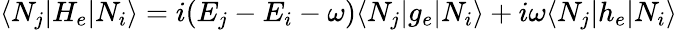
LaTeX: \langle N_{j}|H_{e}|N_{i}\rangle=i(E_{j}-E_{i}-\omega)\langle N_{j}|g_{e}|N_{i}\rangle+i\omega\langle N_{j}|h_{e}|N_{i}\rangle